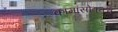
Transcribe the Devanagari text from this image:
कामांसोबतच